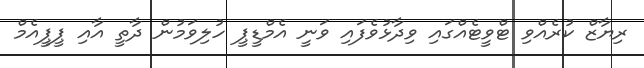
ރިޔާޒް ކުރެއްވި ޓްވީޓެއްގައި ވިދާޅުވެފައި ވަނީ އެމްޑީޕީ ހުލިވަމުން ދާތީ އާއި ޕީޕީއެމް